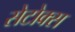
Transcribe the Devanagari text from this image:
सेटोक्स